Lunatic asylums Punjab 1881-1894 - 1881-1894
Year: 1881
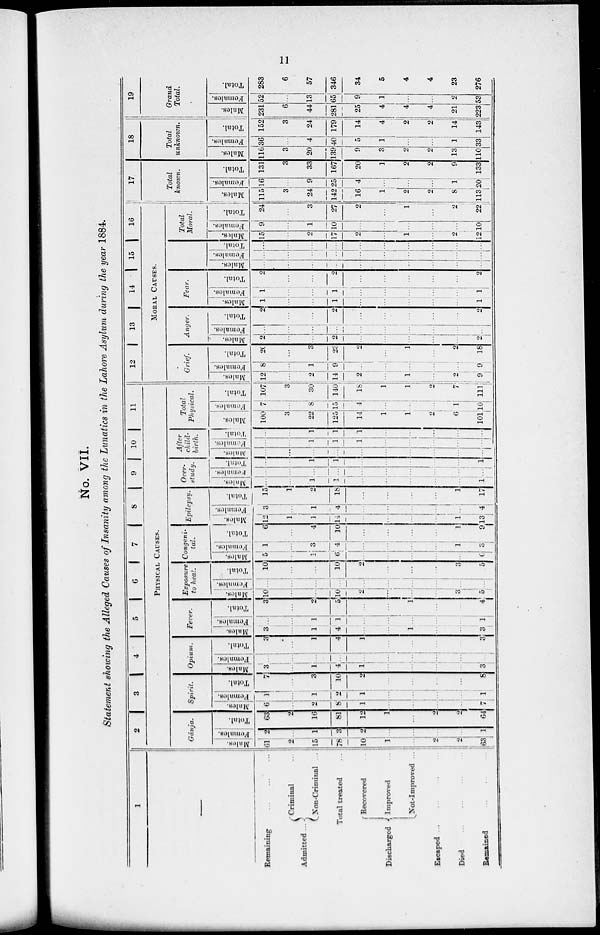
No. VII.
ed Causes of Insanity among the Lunatics in the Lahore Asylum during the year 1884.
6
7
8
9 10 11
PHYSICAL CAUSES.
Exposure
to heat.
Males.
10
...
...
10
2
...
...
...
3
5
Females.
...
...
...
...
...
...
...
...
...
...
Total.
10
...
...
10
2
...
...
...
3
5
Congeni-
tal.
Males.
5
...
1
6
...
...
...
...
...
6
Females.
1
...
3
4
...
...
...
...
1
3
Total.
6
...
4
10
...
...
...
...
1
9
Epilepsy.
Males.
12
1
1
14
...
...
...
...
1
13
Females.
3
...
1
4
...
...
...
...
...
4
Total.
15
1
2
18
...
...
...
...
1
17
Over-
study.
Males.
...
...
1
1
...
...
...
...
...
1
Females.
...
...
...
...
...
...
...
...
...
...
Total.
...
...
1
1
...
...
...
...
...
1
After
child-
birth.
Males.
...
...
...
...
...
...
...
...
...
...
Females.
...
...
1
1
1
...
...
...
...
...
Total.
...
...
1
1
1
...
...
...
...
...
Total
Physical.
Males.
100
3
22
125
14
1
1
2
6
101
Females.
7
...
8
15
4
...
...
...
1
10
Total.
107
3
30
140
18
1
1
2
7
111
12
13
14
15
16
MORAL CAUSES.
Grief.
Males.
12
...
2
14
2
...
1
...
2
9
Females.
8
...
1
9
...
...
...
...
...
9
Total.
20
...
3
23
2
...
1
...
2
18
Anger,
Males.
2
...
...
2
...
...
...
...
...
2
Females.
...
...
...
...
...
...
...
...
...
...
Total.
2
...
...
2
...
...
...
...
...
2
Fear.
Males.
1
...
...
1
...
...
...
...
...
1
Females.
1
...
...
1
...
...
...
...
...
1
Total.
2
...
...
2
...
...
...
...
...
2
Males.
...
...
...
...
...
...
...
...
...
...
Females.
...
...
...
...
...
...
...
...
...
...
Total.
...
...
...
...
...
...
...
...
...
...
Total
Moral.
Males.
15
...
2
17
2
...
1
...
2
12
Females.
9
...
1
10
...
...
...
...
...
10
Total.
24
...
3
27
2
...
1
...
2
22
17
Total
known.
Males.
115
3
24
142
16
1
2
2
8
113
Females.
16
...
9
25
4
...
...
...
1
20
Total.
131
3
33
167
20
1
2
2
9
133
18
Total
unknown.
Males.
116
3
20
139
9
3
2
2
13
110
Females.
36
...
4
40
5
1
...
...
1
33
Total.
152
3
24
179
14
4
2
2
14
143
19
Grand
Total.
Males.
231
6
44
281
25
4
4
4
21
223
Females.
52
...
13
65
9
1
...
...
2
53
Total.
283
6
57
346
34
5
4
4
23
276